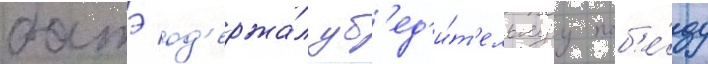
батэ од'ержа́л уб'ед'и́т'ельнуу поб'е́ду